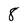
Character: 8